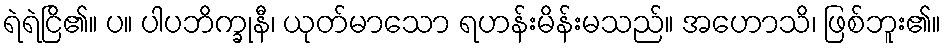
ရဲရဲငြိ၏။ ပ။ ပါပဘိက္ခုနီ၊ ယုတ်မာသော ရဟန်းမိန်းမသည်။ အဟောသိ၊ ဖြစ်ဘူး၏။